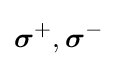
{\boldsymbol {\sigma }}^{+},{\boldsymbol {\sigma }}^{-}